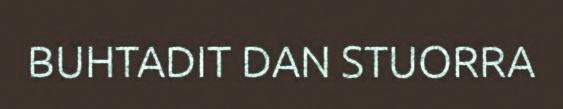
BUHTADIT DAN STUORRA